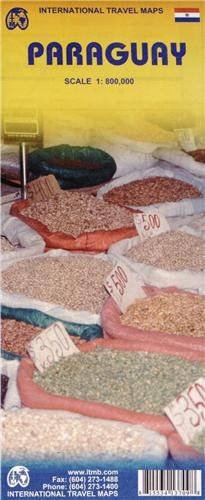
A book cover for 1. Paraguay Travel Reference Map 1:800,000 (International Travel Maps); International Travel maps; Travel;